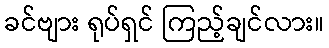
ခင်ဗျား ရုပ်ရှင် ကြည့်ချင်လား။